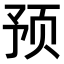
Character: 预